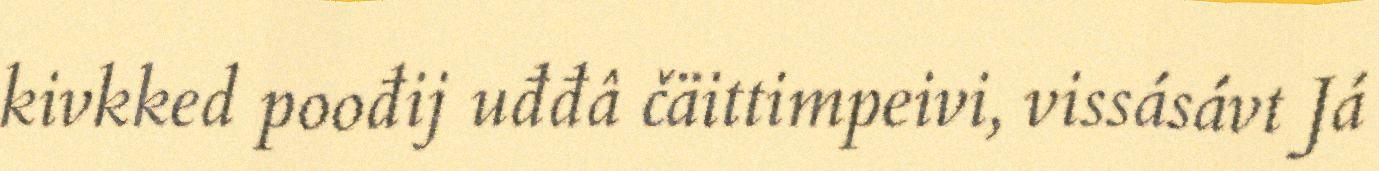
kivkked poođij uđđâ čäittimpeivi, vissásávt Já